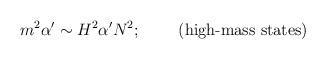
LaTeX: \begin{align*}m^2\alpha'\sim H^2\alpha'N^2;\;\;\;\;\;\;\;\;\mbox{(high-mass states)}\end{align*}